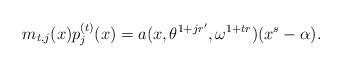
LaTeX: \begin{align*}m_{t,j}(x)p_{j}^{(t)}(x)=a(x,\theta^{1+jr'},\omega^{1+tr})(x^s-\alpha).\end{align*}